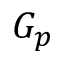
G _ { p }